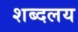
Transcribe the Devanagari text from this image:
शब्दलय